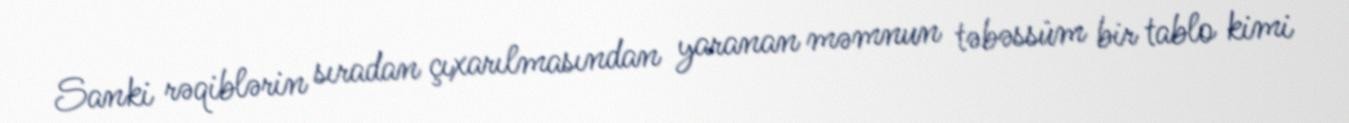
Sanki rəqiblərin sıradan çıxarılmasından yaranan məmnun təbəssüm bir tablo kimi